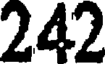
242